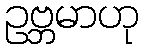
ဥဗ္ဘမာဟု